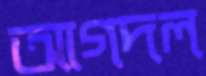
আগদল